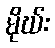
မိုဃ်း